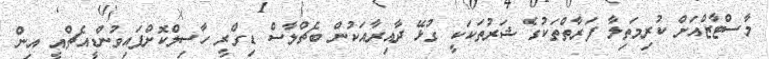
މާސްޓާޒްއަށް ކުރިމަތިލާ ފަރާތްތަކުގެ ޝަރުތަކަކީ ގުޅޭ ދާއިރާއަކުން ބެޗްލާސް ޑިގްރީ ހާސިލްކޮށްފައިވުންޑީއެޗްއީ އިން